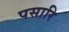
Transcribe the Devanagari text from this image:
पसारि